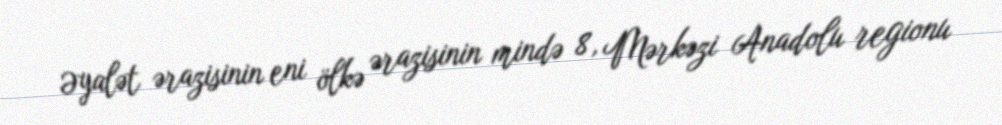
Əyalət ərazisinin eni ölkə ərazisinin mində 8, Mərkəzi Anadolu regionu